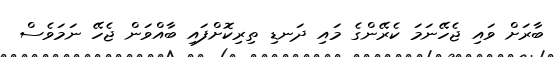
ބާރަށް ވައި ޖެހޭނަމަ ކެރޭންގެ މައި ދަނޑި ތިރިކޮށްފައި ބާއްވަން ޖެހޭ ނަމަވެސް